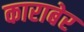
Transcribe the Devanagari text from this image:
काराबेर